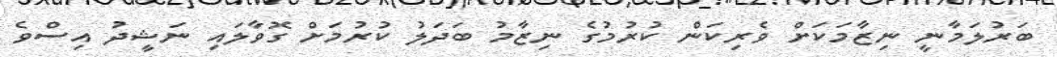
ބަރުލަމާނީ ނިޒާމަކަށް ވެރިކަން ކުރުމުގެ ނިޒާމު ބަދަލު ކުރުމަށް ގޮވާލައި ނަޝީދު އިސްވެ